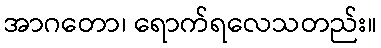
အာဂတော၊ ရောက်ရလေသတည်း။